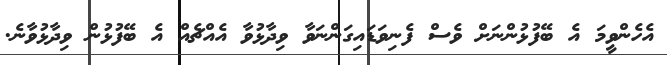
އެހެންވީމަ އެ ބޭފުޅުންނަށް ވެސް ފެނިވަޑައިގަންނަވާ ވިދާޅުވާ އެއްޗެއް އެ ބޭފުޅުން ވިދާޅުވާނެ.